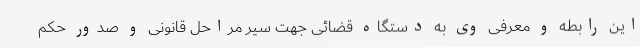
این رابطه و معرفی وی به دستگاه قضائی جهت سیر مراحل قانونی و صدور حکم